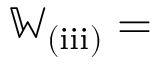
\mathbb { W } _ { \mathrm { ( i i i ) } } =